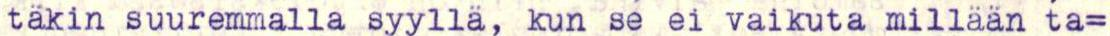
täkin suuremmalla syyllä, kun se ei vaikuta millään ta=